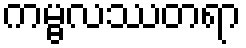
ကမ္ဗလဿတရာ